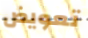
تعويض